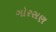
ગોરસણ